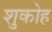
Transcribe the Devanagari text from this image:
शुकोह